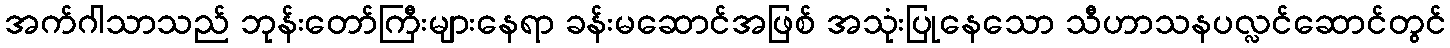
အက်ဂါသာသည် ဘုန်းတော်ကြီးများနေရာ ခန်းမဆောင်အဖြစ် အသုံးပြုနေသော သီဟာသနပလ္လင်ဆောင်တွင်